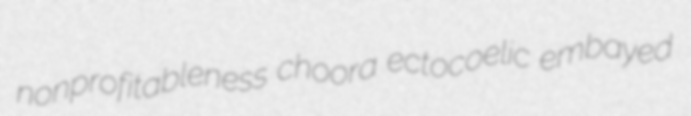
nonprofitableness choora ectocoelic embayed